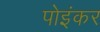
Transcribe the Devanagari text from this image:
पोइंकर